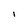
Character: l